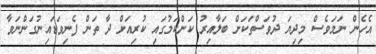
އެހެން ނަމަވެސް މިދިޔަ ދުވަސްތަކަށް ބަލާއިރު ކަންކަމުގައި ކުރިއަށް ދާ ތަން ފެނިވަޑައިނުގަންނަވާ